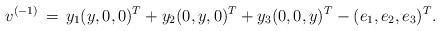
LaTeX: \begin{align*}v^{(-1)} \,=\, y_1(y,0,0)^T + y_2(0,y,0)^T + y_3(0,0,y)^T -(e_1,e_2,e_3)^T. \end{align*}